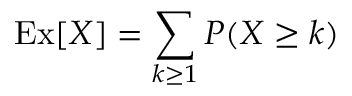
\operatorname { \mathrm { E x } } [ X ] = \sum _ { k \geq 1 } P ( X \geq k )